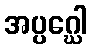
အပ္ပဂ္ဃေါ